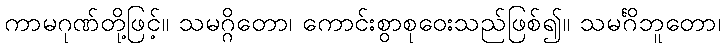
ကာမဂုဏ်တို့ဖြင့်။ သမဂ္ဂိတော၊ ကောင်းစွာစုဝေးသည်ဖြစ်၍။ သမင်္ဂိဘူတော၊